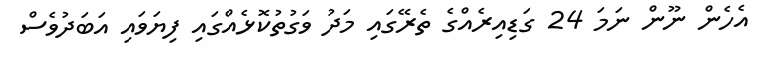
އެހެން ނޫން ނަމަ 24 ގަޑިއިރެއްގެ ތެރޭގައި މަދު ވަގުތުކޮޅެއްގައި ފިޔަވައި އަބަދުވެސް